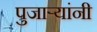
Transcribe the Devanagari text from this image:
पुजाऱ्यांनी